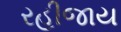
રહીજાય